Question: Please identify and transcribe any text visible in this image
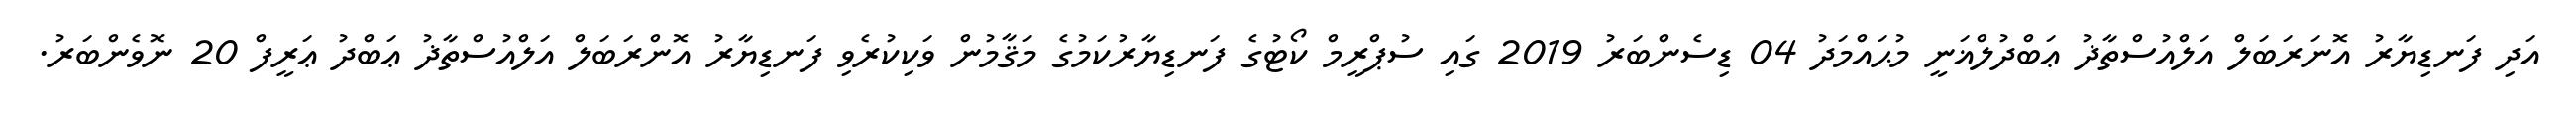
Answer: އަދި ފަނޑިޔާރު އޮނަރަބަލް އަލްއުސްތާޛު ޢަބްދުލްޣަނީ މުޙައްމަދު 04 ޑިސެންބަރު 2019 ގައި ސުޕްރީމް ކޯޓުގެ ފަނޑިޔާރުކަމުގެ މަޤާމުން ވަކިކުރެވި ފަނޑިޔާރު އޮންރަބަލް އަލްއުސްތާޛު ޢަބްދު ޢަރީފް 20 ނޮވެންބަރު.